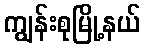
ကျွန်းစုမြို့နယ်